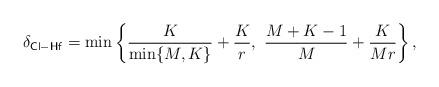
LaTeX: \begin{align*}\delta_{\mathsf{Cl-Hf}} = \min\left\{\frac{K}{\min\{M,K\}} + \frac{K}{r},~ \frac{M+K-1}{M} + \frac{K}{Mr}\right\},\end{align*}